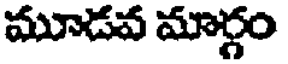
మూడవ మార్గం